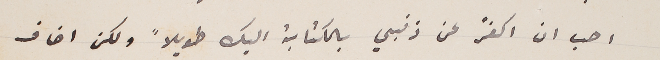
احب ان اكفر عن ذنبي بالكتابة اليك طويلاً ولكن اخاف